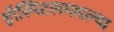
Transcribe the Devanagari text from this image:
हॉस्पिटलमधल्या